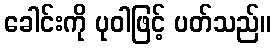
ခေါင်းကို ပုဝါဖြင့် ပတ်သည်။